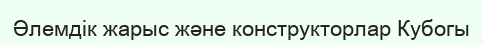
Әлемдік жарыс және конструкторлар Кубогы